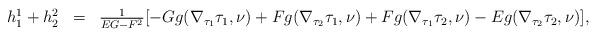
LaTeX: \begin{align*}\begin{array}{rcl}h^1_{1}+h^2_{2} & = &\frac1{EG-F^2}[-G g(\nabla_{\tau_1}\tau_1,\nu)+Fg(\nabla_{\tau_2}\tau_1,\nu)+F g(\nabla_{\tau_1}\tau_2,\nu)-Eg(\nabla_{\tau_2}\tau_2,\nu)],\\\end{array}\end{align*}